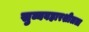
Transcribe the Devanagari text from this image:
सुव्यवहारशीलता